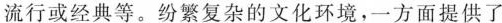
流行或经典等。纷繁复杂的文化环境，一方面提供了